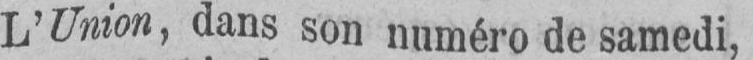
L’Union, dans son numéro de samedi,